Civil Veterinary Dept. Assam report 1911-1927 - 1911-1927
Year: 1911
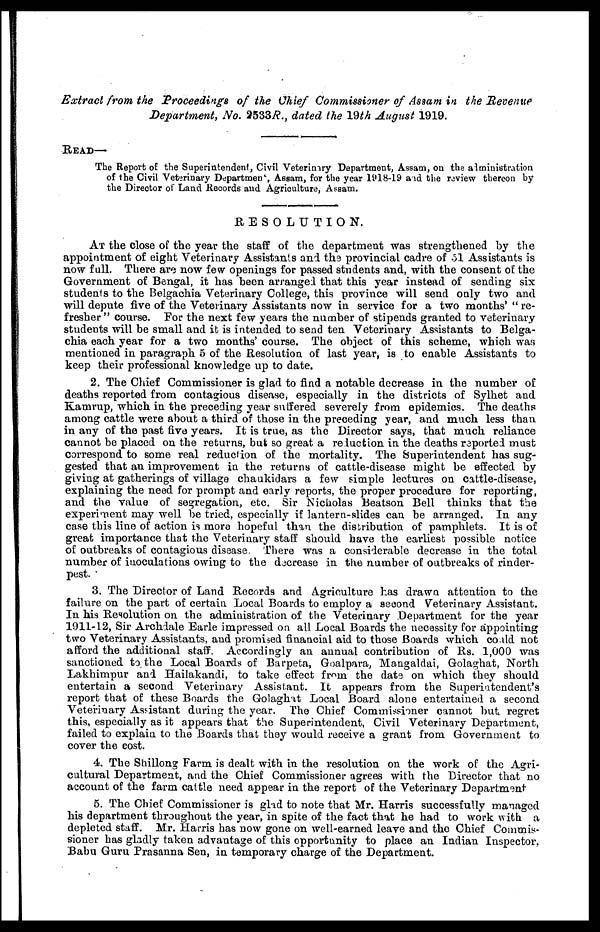
Extract from the Proceedings
of the Chief Commissioner of Assam in the Revenue
Department, No. 2533 R., dated the 19th August 1919.
READ—
The Report of the Superintendent, Civil Veterinary Department, Assam, on the administration
of the Civil Veterinary Department, Assam, for the year 1918-19 and the review thereon by
the Director of Land Records and Agriculture, Assam.
RESOLUTION.
AT the close of the year the staff of the department Was strengthened by the
appointment of eight Veterinary Assistants and the provincial cadre of 51 Assistants is
now full. There are now few openings for passed students and, with the consent of the
Government of Bengal, it has been arranged that this year instead of sending six
students to the Belgachia Veterinary College, this province will send only two and
will depute five of the Veterinary Assistants now in service for a two months' " re-
fresher " course. For the next few years the number of stipends granted to veterinary
students will be small and it is intended to send ten Veterinary Assistants to Belga-
chia each year for a two months' course. The object of this scheme, which was
mentioned in paragraph 5 of the Resolution of last year, is to enable Assistants to
keep their professional knowledge up to date.
2. The Chief Commissioner is glad to find a notable decrease in the number of
deaths reported from contagious disease, especially in the districts of Sylhet and
Kamrup, which in the preceding year suffered severely from epidemics. The deaths
among cattle were about a third of those in the preceding year, and much less than
in any of the past five years. It is true, as the Director says, that much reliance
cannot be placed on the returns, but so great a reduction in the deaths reported must
correspond to some real reduction of the mortality. The Superintendent has sug-
gested that an improvement in the returns of cattle-disease might be effected by
giving at gatherings of village chaukidars a few simple lectures on cattle-disease,
explaining the need for prompt and early reports, the proper procedure for reporting,
and the value of segregation, etc. Sir Nicholas Beatson Bell thinks that the
experiment may well be tried, especially if lantern-slides can be arranged. In any
case this lino of action is mora hopeful than the distribution of pamphlets. It is of
great importance that the Veterinary staff should have the earliest possible notice
of outbreaks of contagious disease. There was a considerable decrease in the total
number of inoculations owing to the decrease in the number of outbreaks of rinder-
pest.
3. The Director of Land Records and Agriculture has drawn attention to the
failure on the part of certain Local Boards to employ a second Veterinary Assistant.
In his Resolution on the administration of the Veterinary Department for the year
1911-12, Sir Archdale Earle impressed on all Local Boards the necessity for appointing
two Veterinary Assistants, and promised financial aid to those Boards which could not
afford the additional staff. Accordingly an annual contribution of Rs. 1,000 was
sanctioned to the Local Boards of Barpeta, Goalpara, Mangaldai, Golaghat, North
Lakhimpur and Hailakandi, to take effect from the date on which they should
entertain a second Veterinary Assistant. It appears from the Superiatendent's
report that of these Boards the Golaghat Local Board alone entertained a second
Veterinary Assistant during the year. The Chief Commissioner cannot but regret
this, especially as it appears that the Superintendent, Civil Veterinary Department,
failed to explain to the Boards that they would receive a grant from Government to
cover the cost.
4. The Shillong Farm is dealt with in the resolution on the work of the Agri-
cultural Department, and the Chief Commissioner agrees with the Director that no
account of the farm cattle need appear in the report of the Veterinary Department
5. The Chief Commissioner is glad to note that Mr. Harris successfully managed
his department throughout the year, in spite of the fact that he had to work with a
depleted staff. Mr. Harris has now gone on well-earned leave and the Chief Commis-
sioner has gladly taken advantage of this opportunity to place an Indian Inspector,
Babu Guru Prasanna Sen, in temporary charge of the Department.